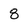
Character: 8